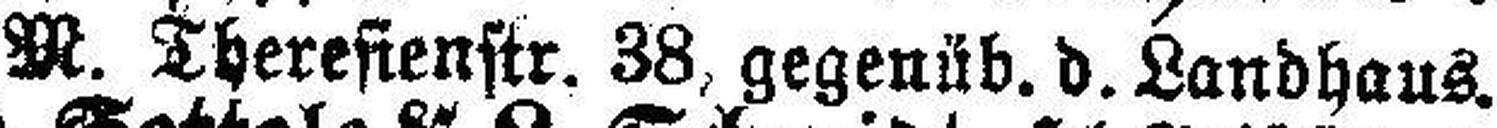
M. Theresienstr. 38, gegenüb. d. Landhaus.